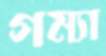
গম্যা